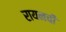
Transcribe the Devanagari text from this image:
रायनची